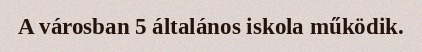
A városban 5 általános iskola működik.